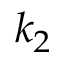
k _ { 2 }